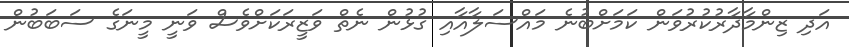
އަދި ޒިންމާދާރުކުރުވަން ކަމަށްބުނެ މައްސަލާއާއި ގުޅުން ނެތް ވަޒީރަކަށްވެސް ވަނީ މީނަގެ ސަބަބުން